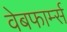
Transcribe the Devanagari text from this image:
वेबफार्म्स